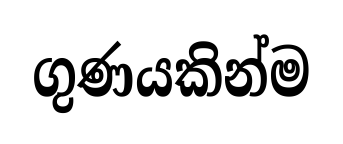
ගුණයකින්ම